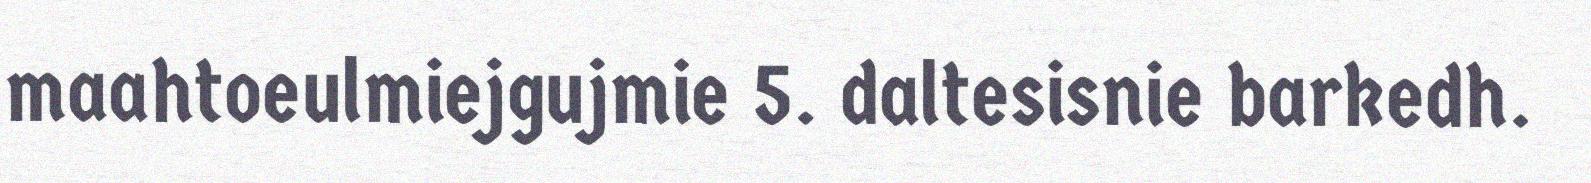
maahtoeulmiejgujmie 5. daltesisnie barkedh.